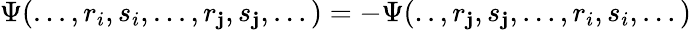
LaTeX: \Psi(...,r_{i},s_{i},...,r_{\mathbf{j}},s_{\mathbf{j}},...)=-\Psi(..,r_{\mathbf{j}},s_{\mathbf{j}},...,r_{i},s_{i},...)